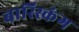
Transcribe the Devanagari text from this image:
बास्स्किंग